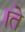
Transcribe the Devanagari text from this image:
।ते